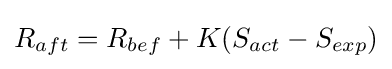
R_{aft}=R_{bef}+K(S_{act}-S_{exp})